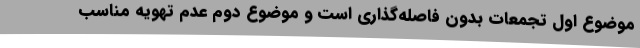
موضوع اول تجمعات بدون فاصله‌گذاری است و موضوع دوم عدم تهویه مناسب